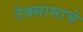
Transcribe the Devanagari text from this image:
टेक्सासाचे